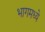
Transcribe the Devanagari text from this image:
भागमध्ये